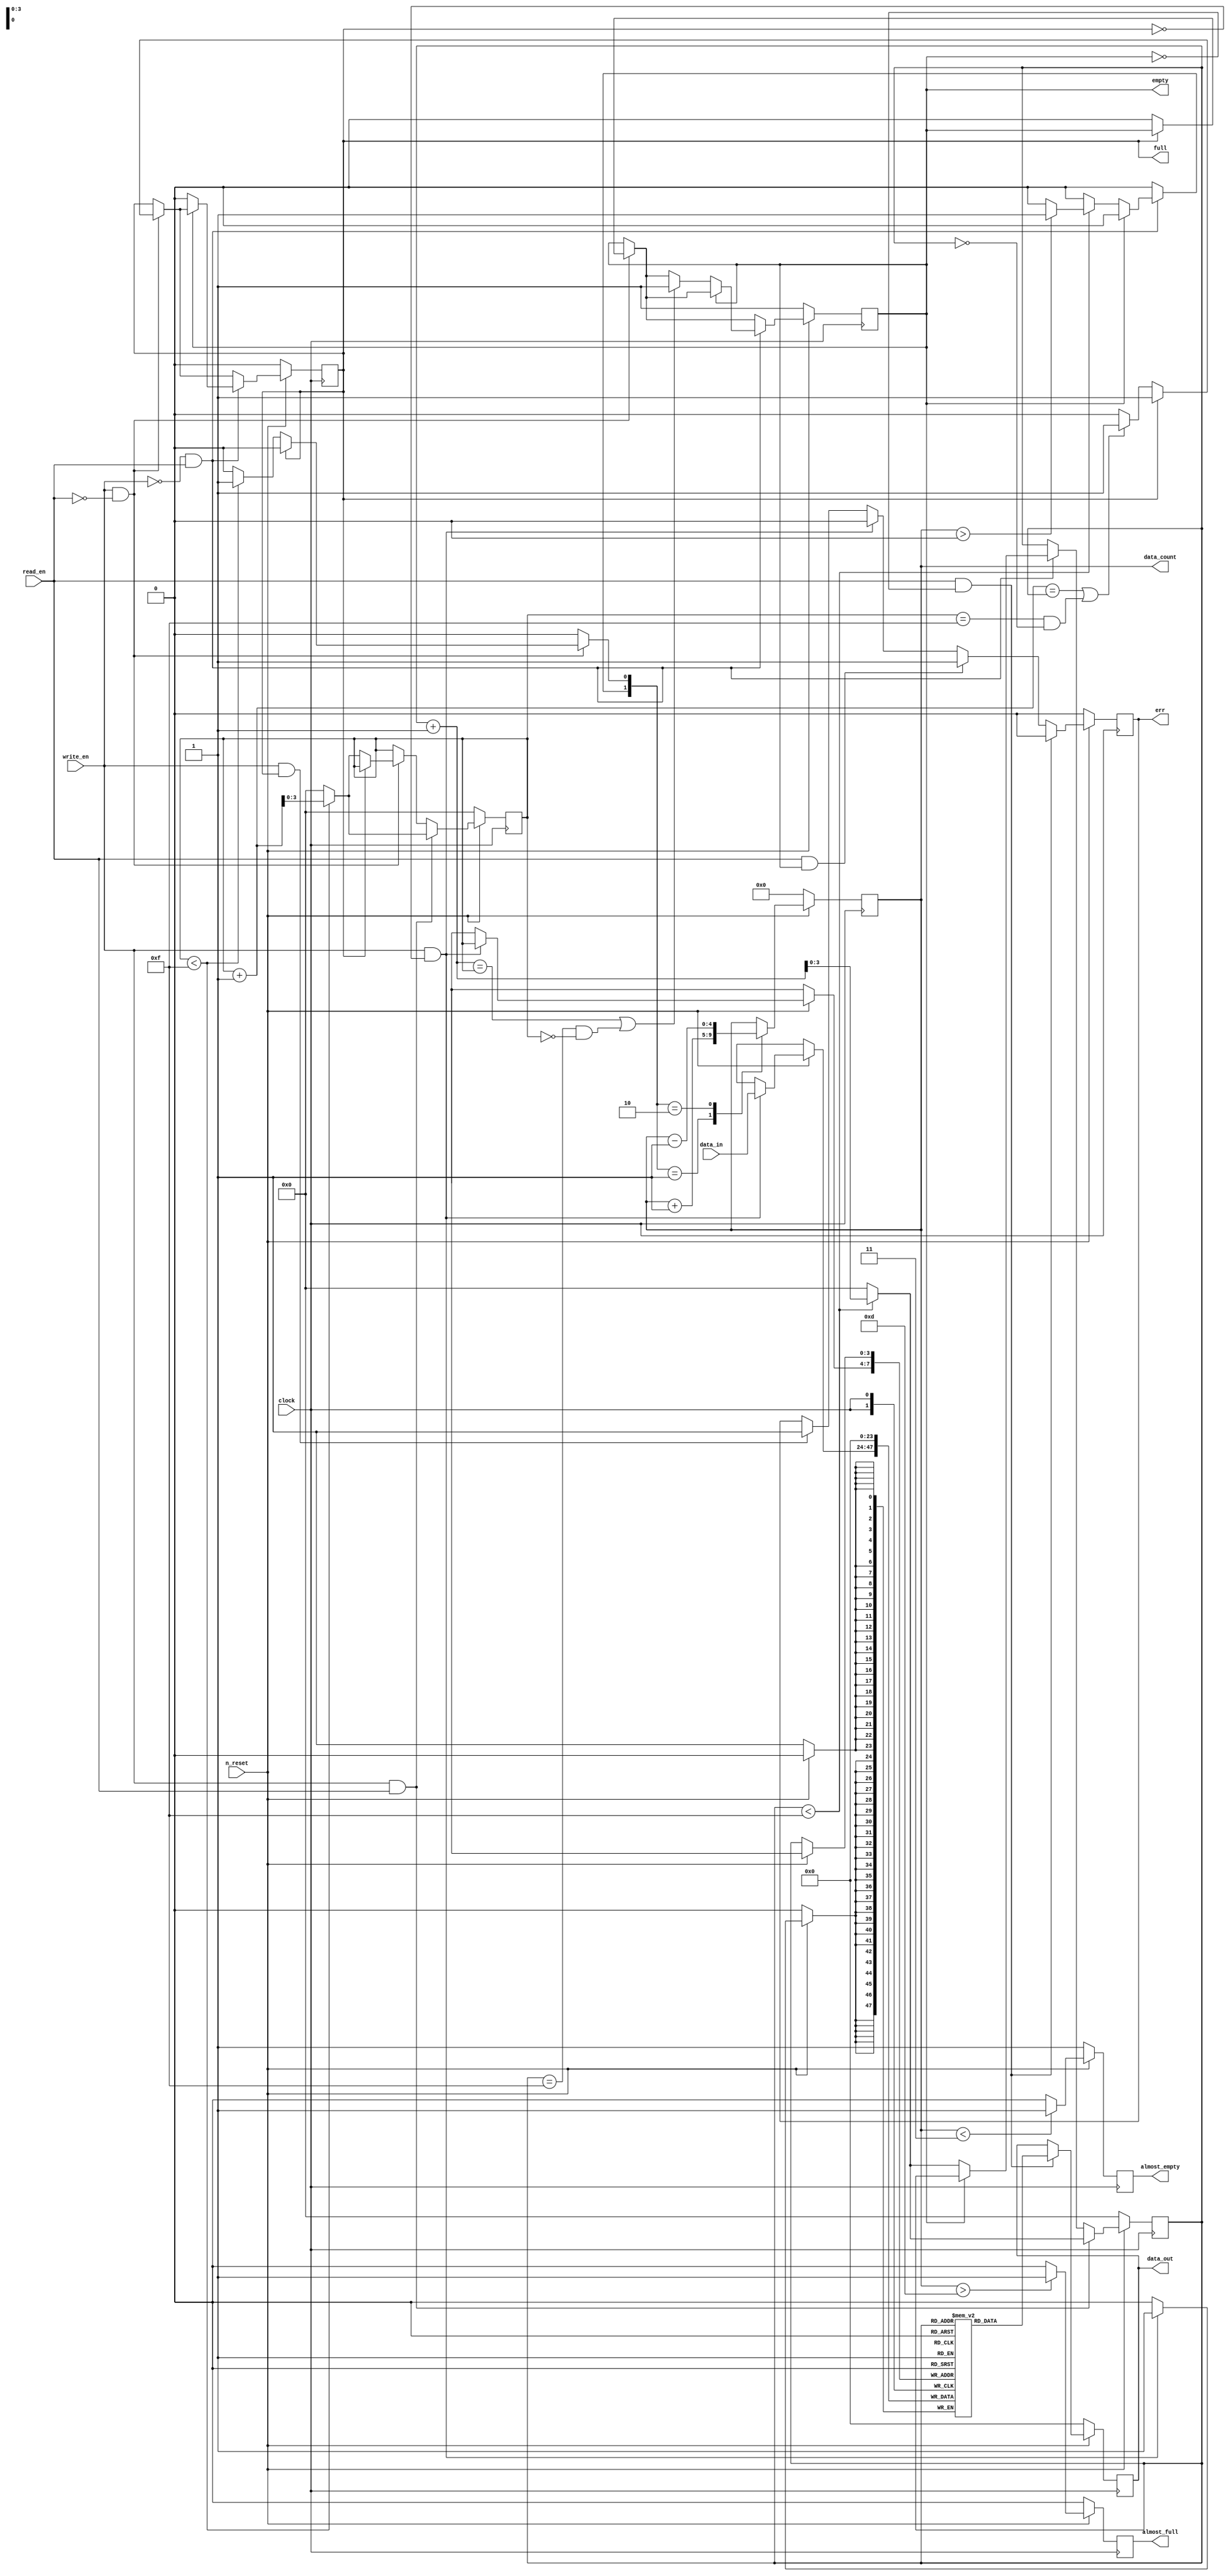
`timescale 1ns / 1ps
//////////////////////////////////////////////////////////////////////////////////
// Company: 
// Engineer: 
// 
// Design Name: 
// Module Name: FIFO_v
// Project Name: 
// Target Devices: 
// Tool Versions: 
// Description: 
// 
// Dependencies: 
// 
// Revision:
// Revision 0.01 - File Created
// Additional Comments:
// 
//////////////////////////////////////////////////////////////////////////////////

module FIFO_v #(parameter ADDR_W = 4, DATA_W = 24, BUFF_L = 16, ALMST_F = 3, ALMST_E = 3) 
			(
			output reg [DATA_W- 1:0]data_out,
			output reg [ADDR_W:0]data_count,
			output reg	empty,
			output reg	full,
			output reg	almost_empty,
			output reg	almost_full,
			output reg	err,
			input wire[DATA_W -1:0]	data_in,
			input wire write_en,
			input wire read_en,
			input wire n_reset,
			input wire clock
			);		
			reg [DATA_W-1 : 0] 	mem_array [0:(2**ADDR_W)-1];
			reg	[ADDR_W-1 : 0]	rd_ptr, wr_ptr;
			reg	[ADDR_W-1 : 0]	rd_ptr_nxt, wr_ptr_nxt;
			reg	full_ff, empty_ff;
			reg	full_ff_nxt, empty_ff_nxt;
			reg	almst_f_ff, almst_e_ff;
			reg	almst_f_ff_nxt, almst_e_ff_nxt;
			reg	[ADDR_W : 0] q_reg, q_nxt;
			reg	q_add, q_sub;
//// ------------------------------------------------------------------------------------------------
	always @ (posedge clock)
		begin
			if(n_reset == 1'b 0)
				begin
					rd_ptr <= {(ADDR_W-1){1'b 0}};
					wr_ptr <= {(ADDR_W-1){1'b 0}};
					full_ff <= 1'b 0;
					empty_ff <= 1'b 1;
					almst_f_ff <= 1'b 0;
					almst_e_ff <= 1'b 1;
					q_reg <= {(ADDR_W){1'b 0}};
				end
			else
				begin
					rd_ptr <= rd_ptr_nxt;
					wr_ptr <= wr_ptr_nxt;
					full_ff <= full_ff_nxt;
					empty_ff <= empty_ff_nxt;
					almst_f_ff <= almst_f_ff_nxt;
					almst_e_ff <= almst_e_ff_nxt;
					q_reg <= q_nxt;
				 end
		end
//// ------------------------------------------------------------------------------------------------
	always @ ( almst_e_ff, almst_f_ff, q_reg)
		begin
			almst_e_ff_nxt = almst_e_ff;
			almst_f_ff_nxt = almst_f_ff;							
			if(q_reg < ALMST_E)
				almst_e_ff_nxt = 1'b 1;
			else
				almst_e_ff_nxt = 1'b 0;

			if(q_reg > BUFF_L-ALMST_F)
				almst_f_ff_nxt = 1'b 1;
			else
				almst_f_ff_nxt = 1'b 0;
		end
//// ------------------------------------------------------------------------------------------------	
	always @ (write_en, read_en, wr_ptr, rd_ptr, empty_ff, full_ff, q_reg)
		begin
			
			wr_ptr_nxt = wr_ptr ;	
			rd_ptr_nxt = rd_ptr;
			full_ff_nxt = full_ff;
			empty_ff_nxt = empty_ff;
			q_add = 1'b 0;
			q_sub = 1'b 0;	
			if(write_en == 1'b 1 & read_en == 1'b 0)
				begin
					if(full_ff == 1'b 0)
						begin
							if(wr_ptr < BUFF_L-1)									
								begin
									q_add = 1'b 1;
									wr_ptr_nxt = wr_ptr + 1;
									empty_ff_nxt = 1'b 0;
								end
							else
								begin
									wr_ptr_nxt = {(ADDR_W-1){1'b 0}};
									empty_ff_nxt = 1'b 0;
								end
							if( (wr_ptr+1 == rd_ptr) || ((wr_ptr == BUFF_L-1) && (rd_ptr == 1'b 0)))   
								full_ff_nxt = 1'b 1;
						end
				end
			if( (write_en == 1'b 0) && (read_en == 1'b 1))
				begin					
					if(empty_ff == 1'b 0) 
						begin
							if(rd_ptr < BUFF_L-1 )													
								begin
									if(q_reg > 0)
										q_sub = 1'b 1;
									else
										q_sub = 1'b 0;
									rd_ptr_nxt = rd_ptr + 1;
									full_ff_nxt = 1'b 0;
								end
							else	
								begin
									rd_ptr_nxt = {(ADDR_W-1){1'b 0}}; 
									full_ff_nxt = 1'b 0;		
								end
							if( (rd_ptr  + 1 == wr_ptr) || ((rd_ptr == BUFF_L -1) && (wr_ptr == 1'b 0 )))  
								empty_ff_nxt = 1'b 1;
						end
				end
			if( (write_en == 1'b 1) && (read_en == 1'b 1)) 
				begin
					if(wr_ptr < BUFF_L -1) 
						wr_ptr_nxt = wr_ptr  + 1;	
					else											
						wr_ptr_nxt =  {(ADDR_W-1){1'b 0}}; 
					
					if(rd_ptr < BUFF_L -1) 
						rd_ptr_nxt = rd_ptr + 1;		
					else
						rd_ptr_nxt = {(ADDR_W-1){1'b 0}}; 
				end
		end
//// ----------------------------------------------------------------------
	always @ (posedge clock)
		begin		:		mem_cont
			if( n_reset == 1'b 0)
				begin
					mem_array[rd_ptr] <=  {(DATA_W-1){1'b 0}}; 
					data_out <= {(DATA_W-1){1'b 0}}; 
					err <= 1'b 0;
				end
			else
				begin
					if( (write_en == 1'b 1) && (full_ff == 1'b 0) )
						begin
							mem_array[wr_ptr] <=  data_in;
							err <= 1'b 0;						
						end
					else if( (write_en == 1'b 1) && (full_ff == 1'b 1))  
						err <= 1'b 1;
					if( (read_en == 1'b 1) && (empty_ff == 1'b 0))
						begin
							data_out <= mem_array[rd_ptr];
							err <= 1'b 0;
						end
					else if( (read_en == 1'b 1) && (empty_ff == 1'b 1))
						err <= 1'b 1;		
				end	
		end	
//// ------------------------------------------------------------------------------------------------
	always @ ( q_sub, q_add, q_reg)
		begin	:	Counter
			case( {q_sub , q_add} )
				2'b 01 :
						q_nxt = q_reg + 1;
				2'b 10 :
						q_nxt = q_reg - 1;
				default :
						q_nxt = q_reg;
			endcase 	
		end
//// ------------------------------------------------------------------------------------------------
	always @ (full_ff, empty_ff, almst_e_ff, almst_f_ff, q_reg)
		begin
			full = full_ff;
			empty = empty_ff;
			almost_empty = almst_e_ff; 
			almost_full = almst_f_ff;
			data_count = q_reg;
		end			
endmodule